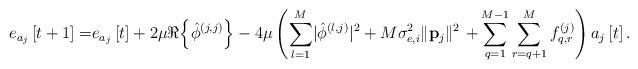
LaTeX: \begin{align*} e_{a_j}\left[t+1\right]=&e_{a_j}\left[t\right]+2\mu\Re{\left\{\hat{\phi}^{\left(j,j\right)}\right\}}-4\mu\left(\sum_{l=1}^M\lvert\hat{\phi}^{\left(l,j\right)}\rvert^2+M\sigma_{e,i}^2\lVert\mathbf{p}_j\rVert^2\right.\left.+\sum_{q=1}^{M-1}\sum_{r=q+1}^Mf_{q,r}^{\left(j\right)}\right)a_j\left[t\right].\end{align*}